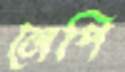
লেপি